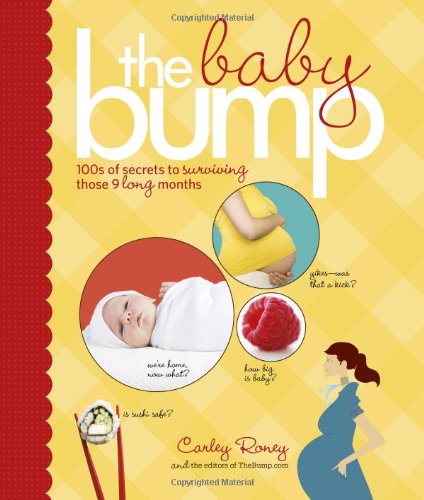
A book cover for The Baby Bump: 100s of Secrets to Surviving Those 9 Long Months; Carley Roney; Parenting & Relationships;